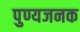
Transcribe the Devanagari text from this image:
पुण्यजनक